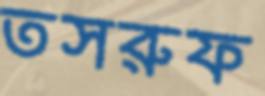
তসরুফ